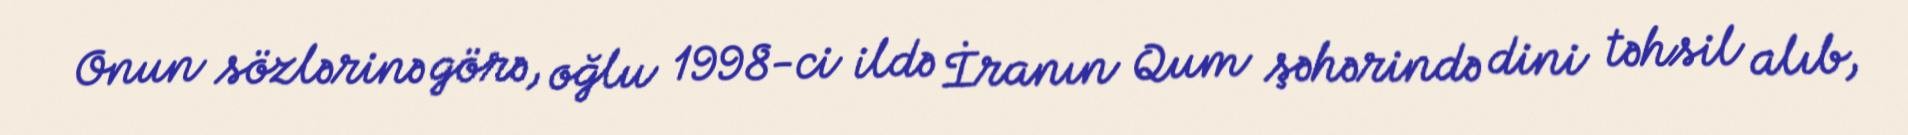
Onun sözlərinə görə, oğlu 1998-ci ildə İranın Qum şəhərində dini təhsil alıb,